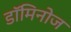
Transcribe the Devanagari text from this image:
डॉमिनोज